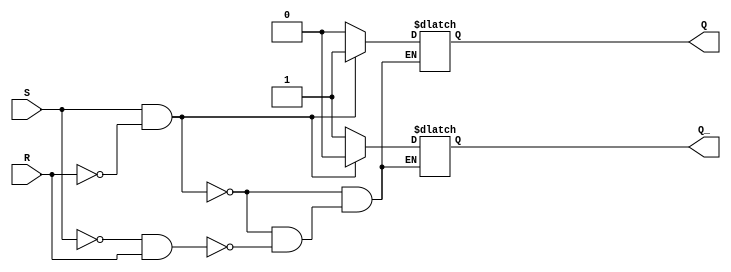
module sr_flipflop (
    input S,
    input R,
    output reg Q,
    output reg Q_
);

always @ (S or R)
begin
    if (S && !R)
    begin
        Q = 1;
        Q_ = 0;
    end
    else if (!S && R)
    begin
        Q = 0;
        Q_ = 1;
    end
    // else both S and R are low, hold state
end

endmodule